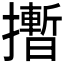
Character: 𪮻